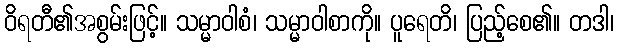
ဝိရတီ၏အစွမ်းဖြင့်။ သမ္မာဝါစံ၊ သမ္မာဝါစာကို။ ပူရေတိ၊ ပြည့်စေ၏။ တဒါ၊